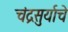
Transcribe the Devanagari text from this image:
चंद्रसुर्याचे